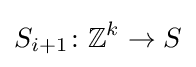
S_{i+1}\colon \mathbb {Z} ^{k}\to S